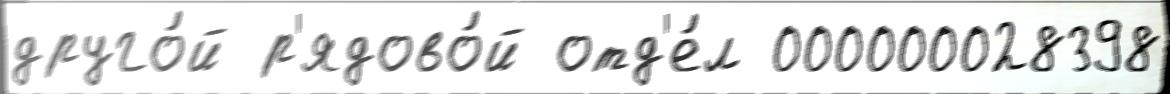
друго́й р'ядово́й отд'е́л 000000028398